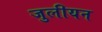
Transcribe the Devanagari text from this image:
जुलीयन